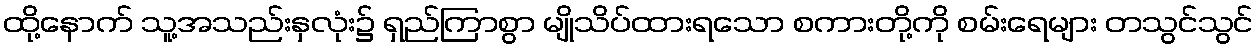
ထို့နောက် သူ့အသည်းနှလုံး၌ ရှည်ကြာစွာ မျိုသိပ်ထားရသော စကားတို့ကို စမ်းရေများ တသွင်သွင်